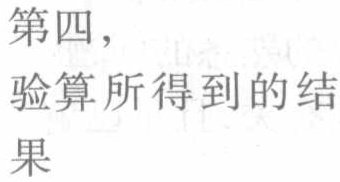
第四，\\
验算所得到的结\\
果